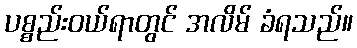
ပစ္စည်းဝယ်ရာတွင် အလိမ် ခံရသည်။